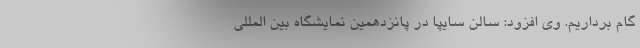
گام برداریم. وی افزود: سالن سایپا در پانزدهمین نمایشگاه بین المللی